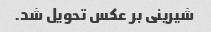
شیرینی بر عکس تحویل شد.